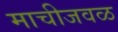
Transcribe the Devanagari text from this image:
माचीजवळ